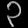
Digit: ၃